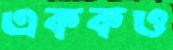
এককও